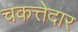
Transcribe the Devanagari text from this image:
चकत्तेदार